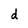
Character: d